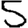
Digit: 5